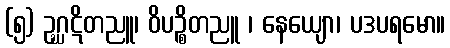
(၅) ဥဂ္ဃဋိတညူ၊ ဝိပဉ္စိတညူ ၊ နေယျော၊ ပဒပရမော။